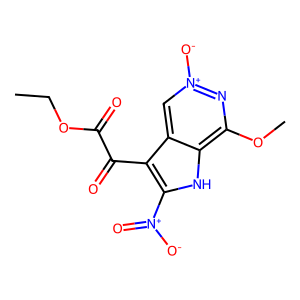
SMILES: CCOC(=O)C(=O)c1c([N+](=O)[O-])[nH]c2c(OC)n[n+]([O-])cc12
Inhibits HIV replication: No